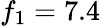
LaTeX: f_{1}=7.4